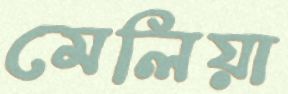
মেলিয়া